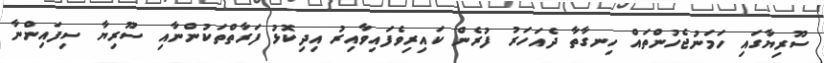
ސޫރިޔާގައި ހަމަނުޖެހުންތައް ހިނގާތާ ދެއަހަރު ފުރެން ކައިރިވެފައިވާއިރު އިދިކޮޅު ފަރާތްތަކުންނާއި ސޫރިޔާ ސިފައިންނާ